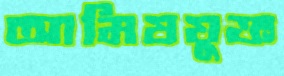
আমিষযুক্ত